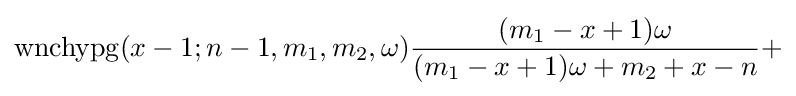
\operatorname {wnchypg} (x-1;n-1,m_{1},m_{2},\omega ){\frac {(m_{1}-x+1)\omega }{(m_{1}-x+1)\omega +m_{2}+x-n}}+